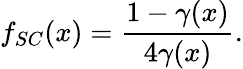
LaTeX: f_{SC}(x)=\frac{1-\gamma(x)}{4\gamma(x)}.